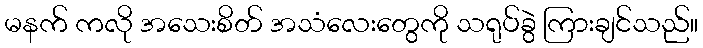
မနက် ကလို အသေးစိတ် အသံလေးတွေကို သရုပ်ခွဲ ကြားချင်သည်။